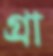
গ্রা